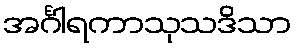
အင်္ဂါရကာသုသဒိသာ